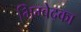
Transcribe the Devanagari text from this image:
भिम्बेद्का